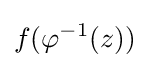
f(\varphi ^{-1}(z))